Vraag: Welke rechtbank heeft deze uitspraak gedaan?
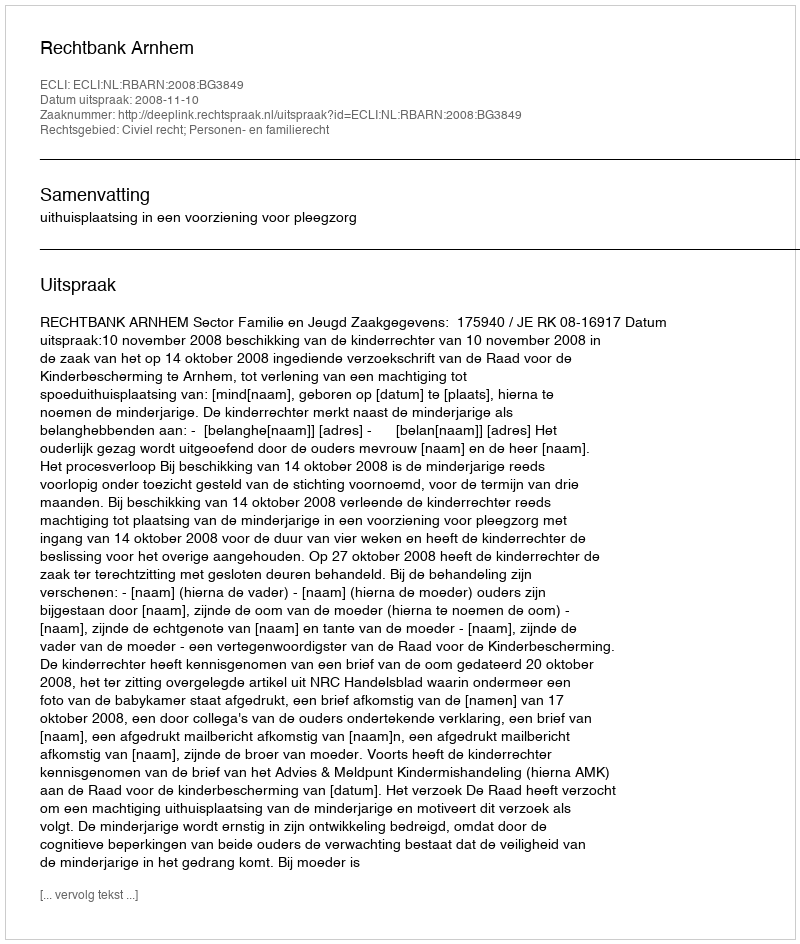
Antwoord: Rechtbank Arnhem